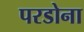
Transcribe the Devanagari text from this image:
परडोना